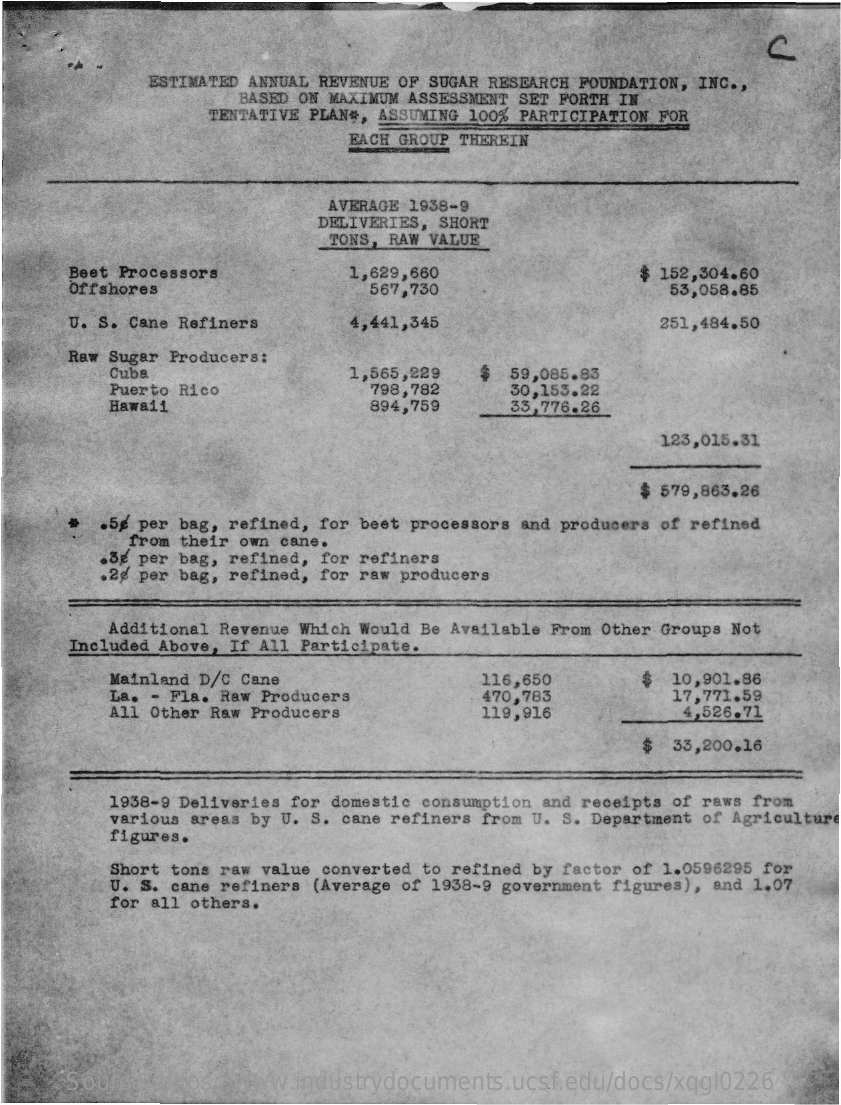
ESTIMATED ANNUAL REVENUE OF SUGAR RESEARCH FOUNDATION, INC .,
     BASED ON MAXIMUM ASSESSMENT SET FORTH IN
     TENTATIVE PLAN#, ASSUMING 100% PARTICIPATION FOR
     EACH GROUP THEREIN
     AVERAGE 1938-9
     DELIVERIES, SHORT
     TONS, RAW VALUE
     Beet Processors
     offshores
     1,629,660
     567,730
     $ 152,304.60
     53,058.85
     U. S. Cane Refiners    4,441,345    251,484.50
     Raw Sugar Producers:
     Cuba    1,565,229
     Puerto Rico    798,782
     59,085.83
     30,153.22
     Hawaii    894,759    33,776.26
     123,015.31
     579,863.26
     .5g per bag, refined, for beet processors and producers of refined
     from their own cane.
     .Bg per bag, refined, for refiners
     .24 per bag, refined, for raw producers
     Additional Revenue Which Would Be Available From Other Groups Not
     Included Above, If All Participate.
     Mainland D/C Cane    116,650    10,901.86
     La. - Fla. Raw Producers
     All Other Raw Producers
     470,783
     119,916
     17,771.59
     4,526.71
     33,200.16
     1938-9 Deliveries for domestic consumption and receipts of raws from
     figures.
     various areas by U. S. cane refiners from U. S. Department of Agriculture
     Short tons raw value converted to refined by factor of 1.0596295 for
     U. S. cane refiners (Average of 1938-9 government figures), and 1.07
     for all others.
     Source: https://www.industrydocuments.ucsf.edu/docs/xqgl0226